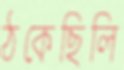
ঠকেছিলি